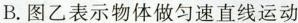
B. 图乙表示物体做匀速直线运动